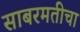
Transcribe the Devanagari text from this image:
साबरमतीचा